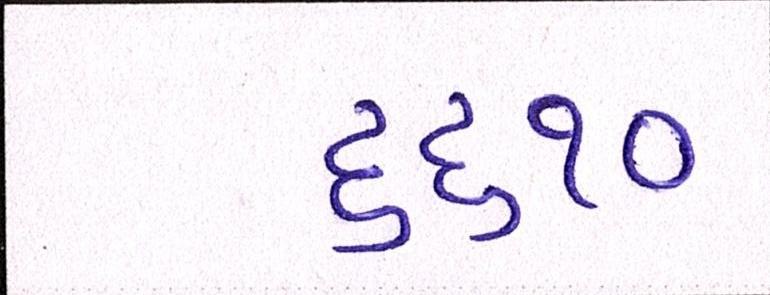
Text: ૬૬૧૦